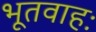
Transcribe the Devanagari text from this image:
भूतवाहः